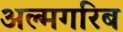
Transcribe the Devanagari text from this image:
अल्मगरिब